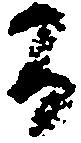
間